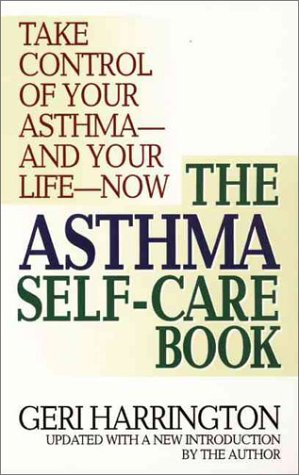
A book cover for The Asthma Self-Care Book: How to Take Control of Your Asthma; Geri Harrington; Health, Fitness & Dieting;